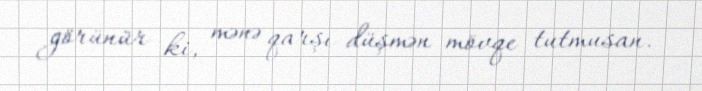
görünür ki, mənə qarşı düşmən mövqe tutmusan.